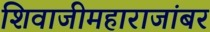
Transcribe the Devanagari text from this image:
शिवाजीमहाराजांबर